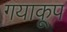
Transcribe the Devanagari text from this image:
गयाकूप